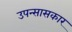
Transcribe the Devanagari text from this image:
उपन्सासकार